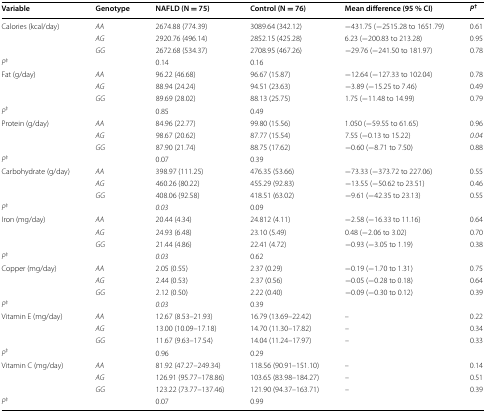
<table><thead><tr><td><b>Variable</b></td><td><b>Genotype</b></td><td><b>NAFLD (N = 75)</b></td><td><b>Control (N = 76)</b></td><td><b>Mean difference (95 % CI)</b></td><td><b><i>P</i><sup>†</sup></b></td></tr></thead><tbody><tr><td>Calories (kcal/day)</td><td><i>AA</i></td><td>2674.88 (774.39)</td><td>3089.64 (342.12)</td><td>−431.75 (−2515.28 to 1651.79)</td><td>0.61</td></tr><tr><td></td><td><i>AG</i></td><td>2920.76 (496.14)</td><td>2852.15 (425.28)</td><td>6.23 (−200.83 to 213.28)</td><td>0.95</td></tr><tr><td></td><td><i>GG</i></td><td>2672.68 (534.37)</td><td>2708.95 (467.26)</td><td>−29.76 (−241.50 to 181.97)</td><td>0.78</td></tr><tr><td><i>P</i><sup>‡</sup></td><td></td><td>0.14</td><td>0.16</td><td></td><td></td></tr><tr><td>Fat (g/day)</td><td><i>AA</i></td><td>96.22 (46.68)</td><td>96.67 (15.87)</td><td>−12.64 (−127.33 to 102.04)</td><td>0.78</td></tr><tr><td></td><td><i>AG</i></td><td>88.94 (24.24)</td><td>94.51 (23.63)</td><td>−3.89 (−15.25 to 7.46)</td><td>0.49</td></tr><tr><td></td><td><i>GG</i></td><td>89.69 (28.02)</td><td>88.13 (25.75)</td><td>1.75 (−11.48 to 14.99)</td><td>0.79</td></tr><tr><td><i>P</i><sup>‡</sup></td><td></td><td>0.85</td><td>0.49</td><td></td><td></td></tr><tr><td>Protein (g/day)</td><td><i>AA</i></td><td>84.96 (22.77)</td><td>99.80 (15.56)</td><td>1.050 (−59.55 to 61.65)</td><td>0.96</td></tr><tr><td></td><td><i>AG</i></td><td>98.67 (20.62)</td><td>87.77 (15.54)</td><td>7.55 (−0.13 to 15.22)</td><td><i>0.04</i></td></tr><tr><td></td><td><i>GG</i></td><td>87.90 (21.74)</td><td>88.75 (17.62)</td><td>−0.60 (−8.71 to 7.50)</td><td>0.88</td></tr><tr><td><i>P</i><sup>‡</sup></td><td></td><td>0.07</td><td>0.39</td><td></td><td></td></tr><tr><td>Carbohydrate (g/day)</td><td><i>AA</i></td><td>398.97 (111.25)</td><td>476.35 (53.66)</td><td>−73.33 (−373.72 to 227.06)</td><td>0.55</td></tr><tr><td></td><td><i>AG</i></td><td>460.26 (80.22)</td><td>455.29 (92.83)</td><td>−13.55 (−50.62 to 23.51)</td><td>0.46</td></tr><tr><td></td><td><i>GG</i></td><td>408.06 (92.58)</td><td>418.51 (63.02)</td><td>−9.61 (−42.35 to 23.13)</td><td>0.55</td></tr><tr><td><i>P</i><sup>‡</sup></td><td></td><td><i>0.03</i></td><td>0.09</td><td></td><td></td></tr><tr><td>Iron (mg/day)</td><td><i>AA</i></td><td>20.44 (4.34)</td><td>24.812 (4.11)</td><td>−2.58 (−16.33 to 11.16)</td><td>0.64</td></tr><tr><td></td><td><i>AG</i></td><td>24.93 (6.48)</td><td>23.10 (5.49)</td><td>0.48 (−2.06 to 3.02)</td><td>0.70</td></tr><tr><td></td><td><i>GG</i></td><td>21.44 (4.86)</td><td>22.41 (4.72)</td><td>−0.93 (−3.05 to 1.19)</td><td>0.38</td></tr><tr><td><i>P</i><sup>‡</sup></td><td></td><td><i>0.03</i></td><td>0.62</td><td></td><td></td></tr><tr><td>Copper (mg/day)</td><td><i>AA</i></td><td>2.05 (0.55)</td><td>2.37 (0.29)</td><td>−0.19 (−1.70 to 1.31)</td><td>0.75</td></tr><tr><td></td><td><i>AG</i></td><td>2.44 (0.53)</td><td>2.37 (0.56)</td><td>−0.05 (−0.28 to 0.18)</td><td>0.64</td></tr><tr><td></td><td><i>GG</i></td><td>2.12 (0.50)</td><td>2.22 (0.40)</td><td>−0.09 (−0.30 to 0.12)</td><td>0.39</td></tr><tr><td><i>P</i><sup>‡</sup></td><td></td><td><i>0.03</i></td><td>0.39</td><td></td><td></td></tr><tr><td>Vitamin E (mg/day)</td><td><i>AA</i></td><td>12.67 (8.53–21.93)</td><td>16.79 (13.69–22.42)</td><td>–</td><td>0.22</td></tr><tr><td></td><td><i>AG</i></td><td>13.00 (10.09–17.18)</td><td>14.70 (11.30–17.82)</td><td>–</td><td>0.34</td></tr><tr><td></td><td><i>GG</i></td><td>11.67 (9.63–17.54)</td><td>14.04 (11.24–17.97)</td><td>–</td><td>0.33</td></tr><tr><td><i>P</i><sup>‡</sup></td><td></td><td>0.96</td><td>0.29</td><td></td><td></td></tr><tr><td>Vitamin C (mg/day)</td><td><i>AA</i></td><td>81.92 (47.27–249.34)</td><td>118.56 (90.91–151.10)</td><td>–</td><td>0.14</td></tr><tr><td></td><td><i>AG</i></td><td>126.91 (95.77–178.86)</td><td>103.65 (83.98–184.27)</td><td>–</td><td>0.51</td></tr><tr><td></td><td><i>GG</i></td><td>123.22 (73.77–137.46)</td><td>121.90 (94.37–163.71)</td><td>–</td><td>0.39</td></tr><tr><td><i>P</i><sup>‡</sup></td><td></td><td>0.07</td><td>0.99</td><td></td><td></td></tr></tbody></table>